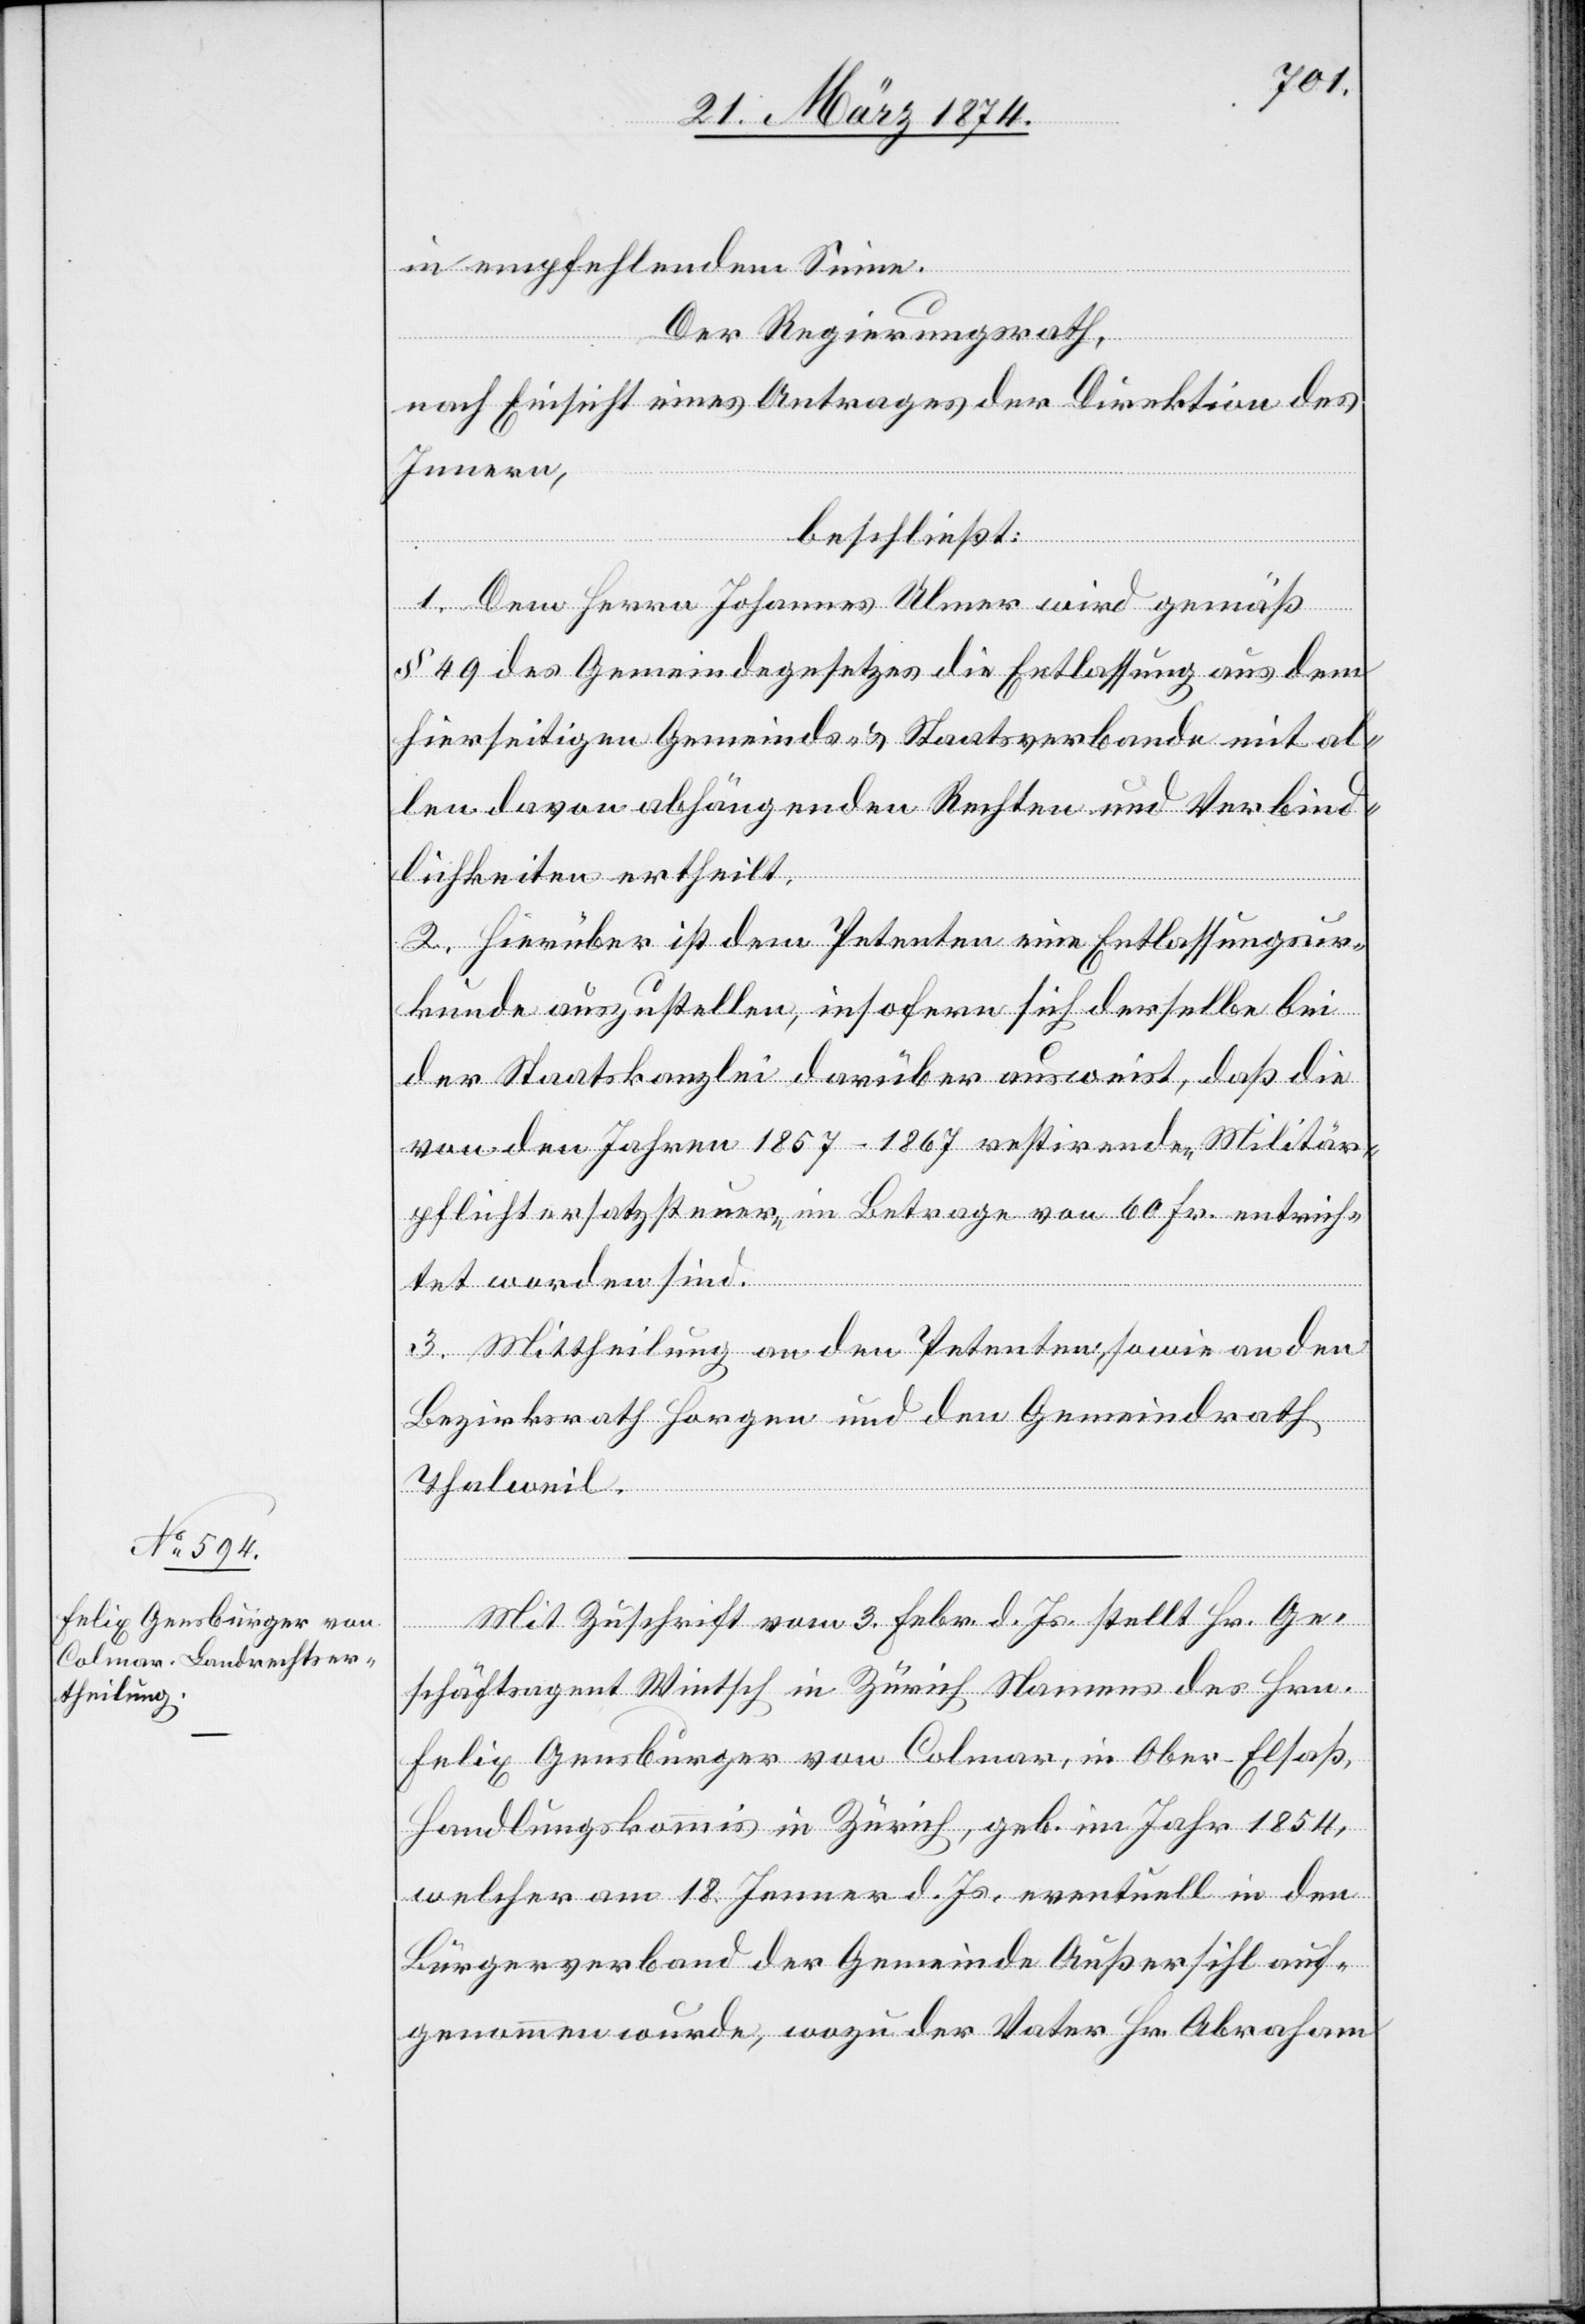
in empfehlendem Sinne.
Der Regierungsrath,
nach Einsicht eines Antrages der Direktion des
Innern,
beschließt:
1. Dem Herrn Johannes Ulmer wird gemäß
§ 49 des Gemeindegesetzes die Entlassung aus dem
hierseitigen Gemeinds- u. Staatsverbande mit al¬
len davon abhängenden Rechten und Verbind¬
lichkeiten ertheilt.
2. Hierüber ist dem Petenten eine Entlassungsur¬
kunde auszustellen, insofern sich derselbe bei
der Staatskanzlei darüber ausweist, daß die
von den Jahren 1857–1867 restirende Militär¬
pflichtsersatzsteuer im Betrage von 60 Fr. entrich¬
tet worden sind.
3. Mittheilung an den Petenten sowie an den
Bezirksrath Horgen und den Gemeindrath
Thalweil.
Mit Zuschrift vom 3. Febr. d. Js. stellt Hr. Ge¬
schäftsagent Wintsch in Zürich Namens des Hrn.
Felix Gensburger von Colmar, in Ober-Elsaß,
Handlungskommis in Zürich, geb. im Jahr 1854,
welcher am 18. Jenner d. Js. eventuell in den
Bürgerverband der Gemeinde Außersihl auf¬
genommen wurde, wozu der Vater Hr. Abraham